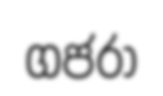
ගජරා